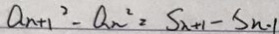
Q _ { n } + 1 ^ { 2 } - Q _ { n } ^ { 2 } = S _ { n + 1 } - S _ { n } \cdot 1